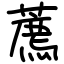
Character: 薦